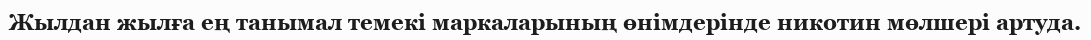
Жылдан жылға ең танымал темекі маркаларының өнімдерінде никотин мөлшері артуда.